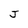
Character: J